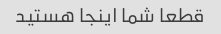
قطعا شما اینجا هستید